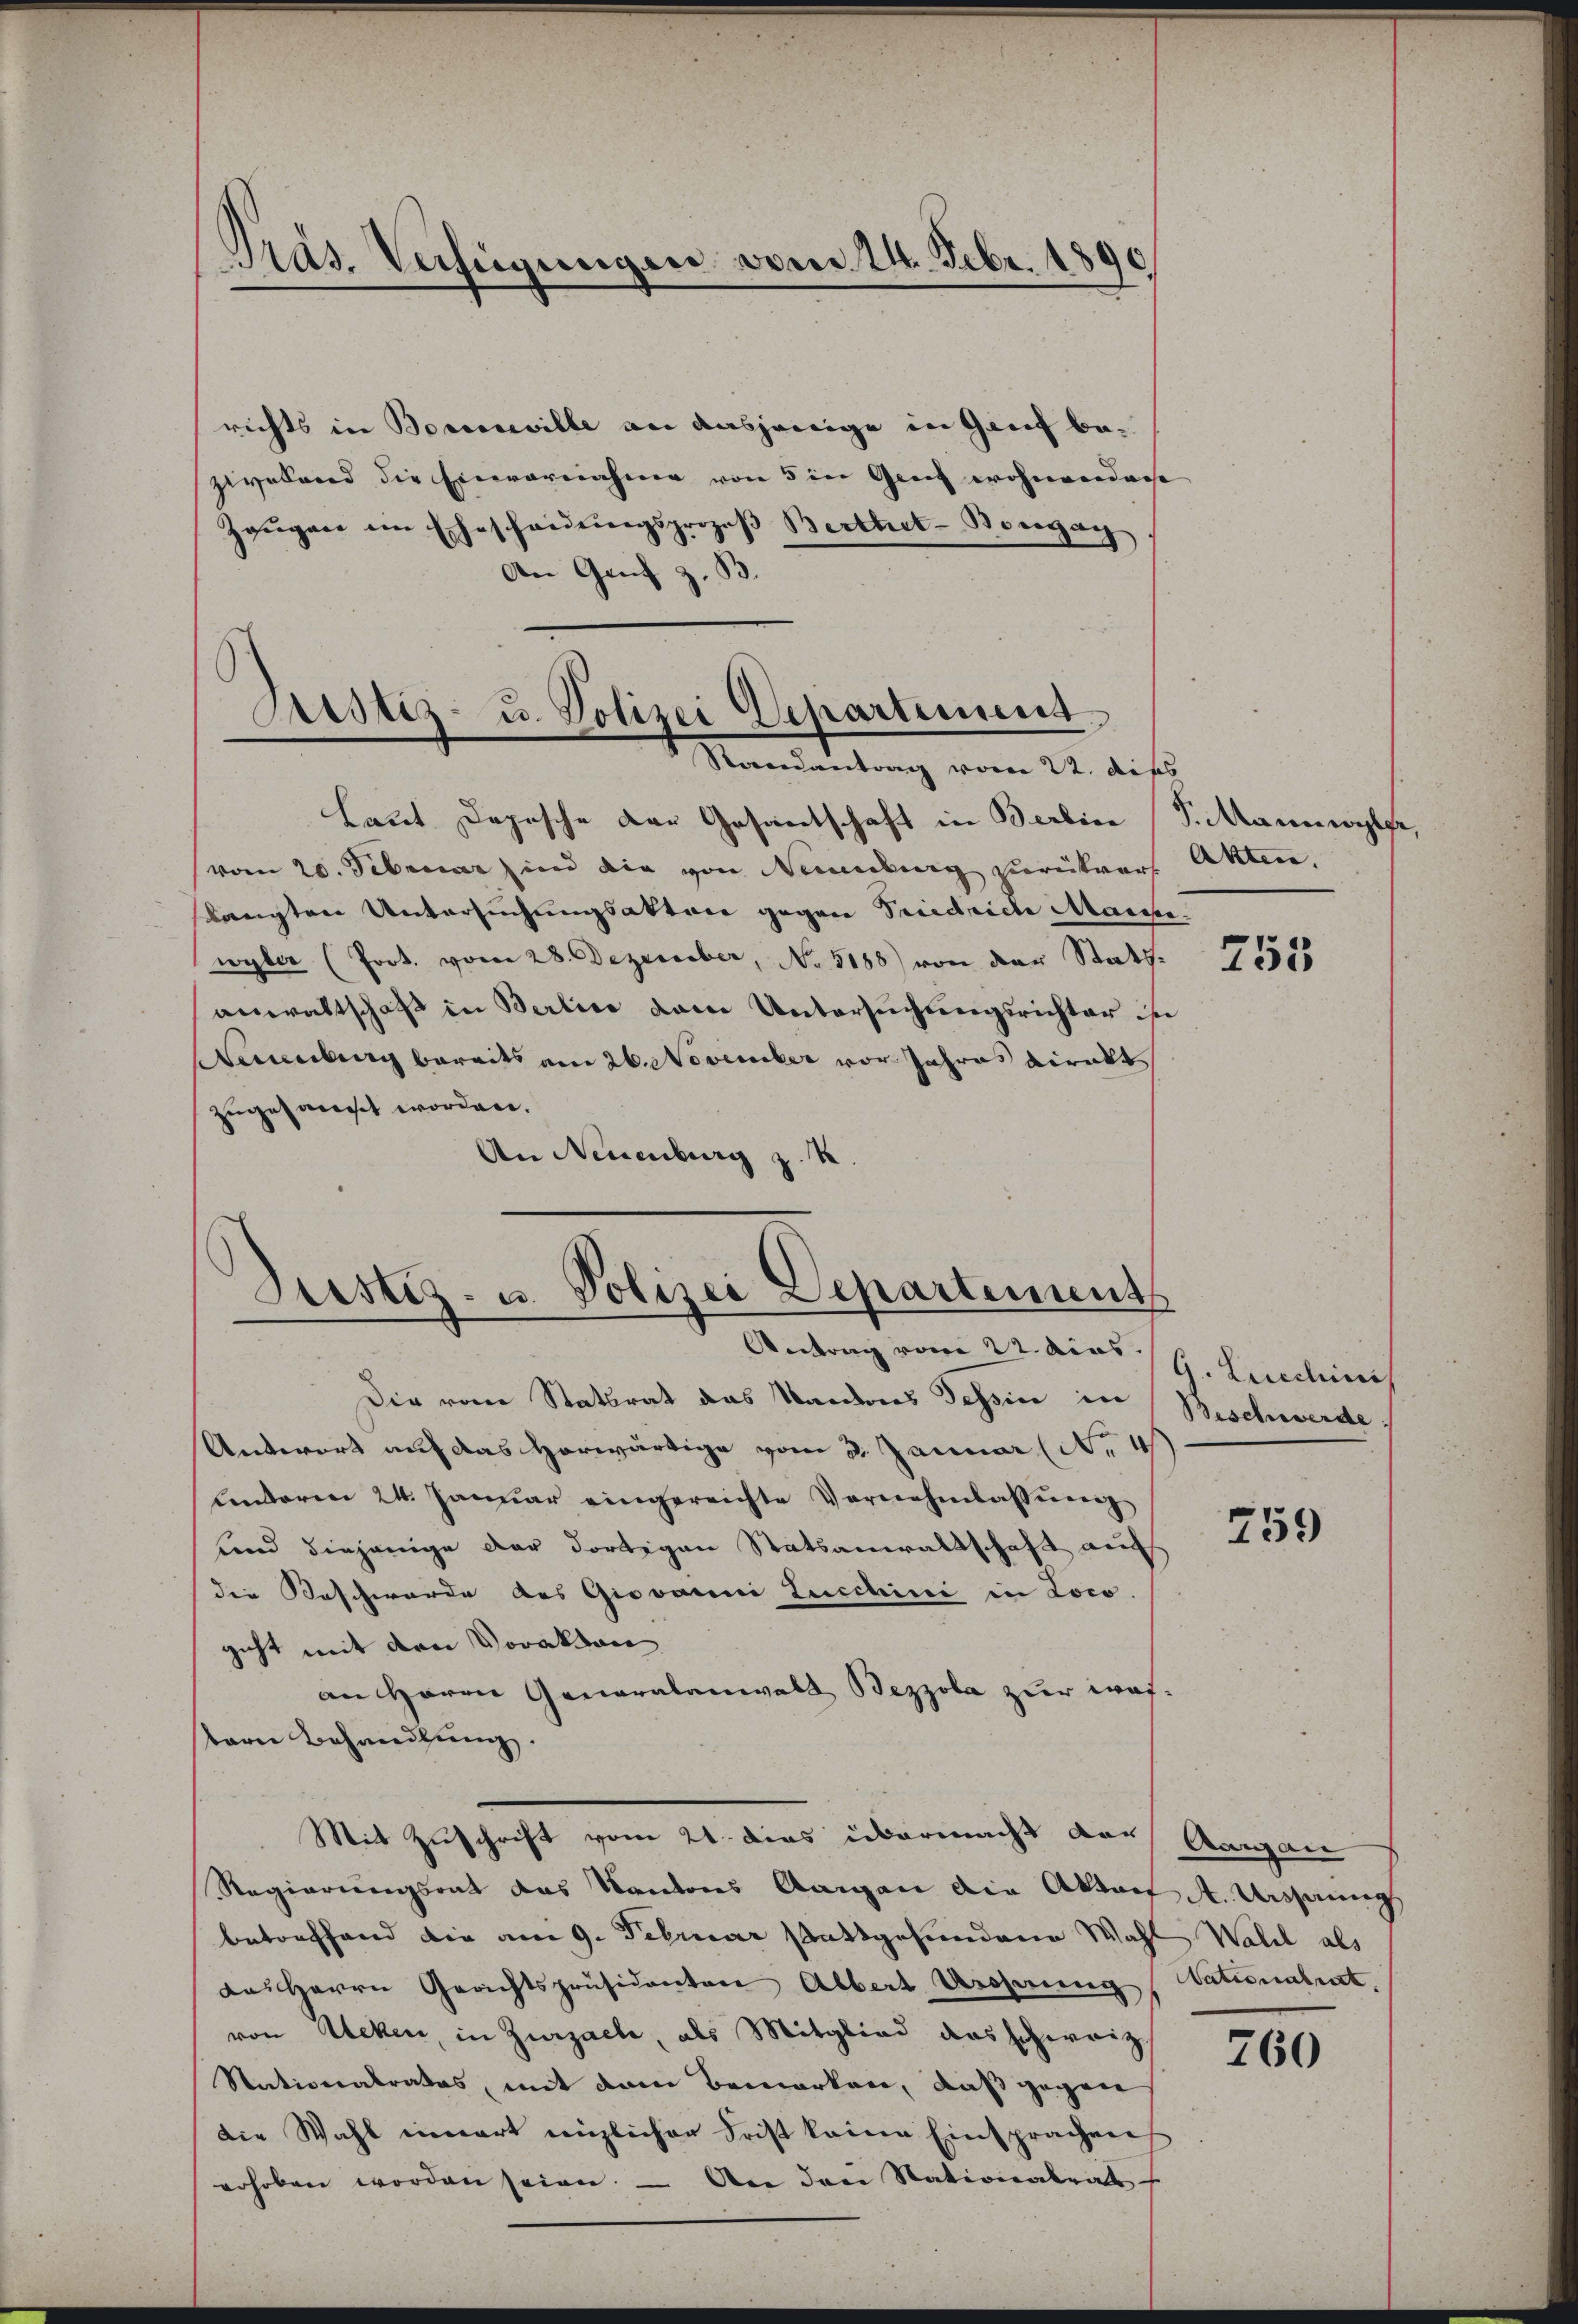
Pas. Verfügungen vom 24. Febr. 1890

richts in Boreneville an dasjenige in Genf bezwesend die Einvernahme von 5 in Genf wohnerdach
Zeŭgen im Ehescheidungsprozeβ Berthet-Borgan
An Genf z.

Justiz- u. Polizei Departement
Randantrag vom 22. disch

Justiz- u. Polizei Departement
Antrag vom 22. ders H. Liechinei

Laut Depesche der Gesantschaft in Berlin (S. Mannwyler,
vom 20. Februar sind die von Neuenburg darüber Akten.
langten Untersuchungsaktere gegen Friedriche Massse.
wyler (Port. vom 28. Dezember, No. 5188) von der Stattanwaltschaft in Berline dem Untersuchungsrichter in
amburg bereits am 26. November vor Jahres direkt
zugesamt worden.
An Neuenburg z. K

Antwort auf das Horwärtige vom 3. Januar (Nr. 4
lenderen 24. Januar eingereichte Vernehmlassŭng
und diejenige der dortigen Statsanwaltschaft auf
die Beschwerde des Giovanni Lucchini in Loco.
geht mit den Voraktan
an Herrn Generalanwalt Bezzola zur Wafbern Behandlŭng.
Mit Zuschrift vom 21. dies übermacht der Aargau
Regierungsont das Kantons Aargau die Altorf A. Ursprung
betreffend die am 9. Februar stattgefundene Wahl Wald als
das Herrn Gerichtspräsidenten Albert Urserung (Nationalrat
von Ecken, in Zurzach, als Mitglied das schweiz.
Stationalrates, mit dem Bemerken, daß gegen
die Wahl innert englicher Frist keine Einsprachen
erhoben worden seien. — An den Stationalrat

Die vom Statsrat das Vanderes Tessin in Beschwerde

755

759

760